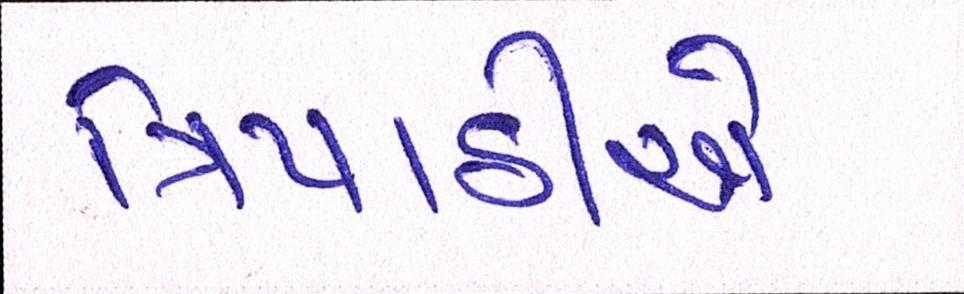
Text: ત્રિપાઠીએ